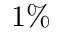
1 \%